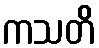
ကသတိ